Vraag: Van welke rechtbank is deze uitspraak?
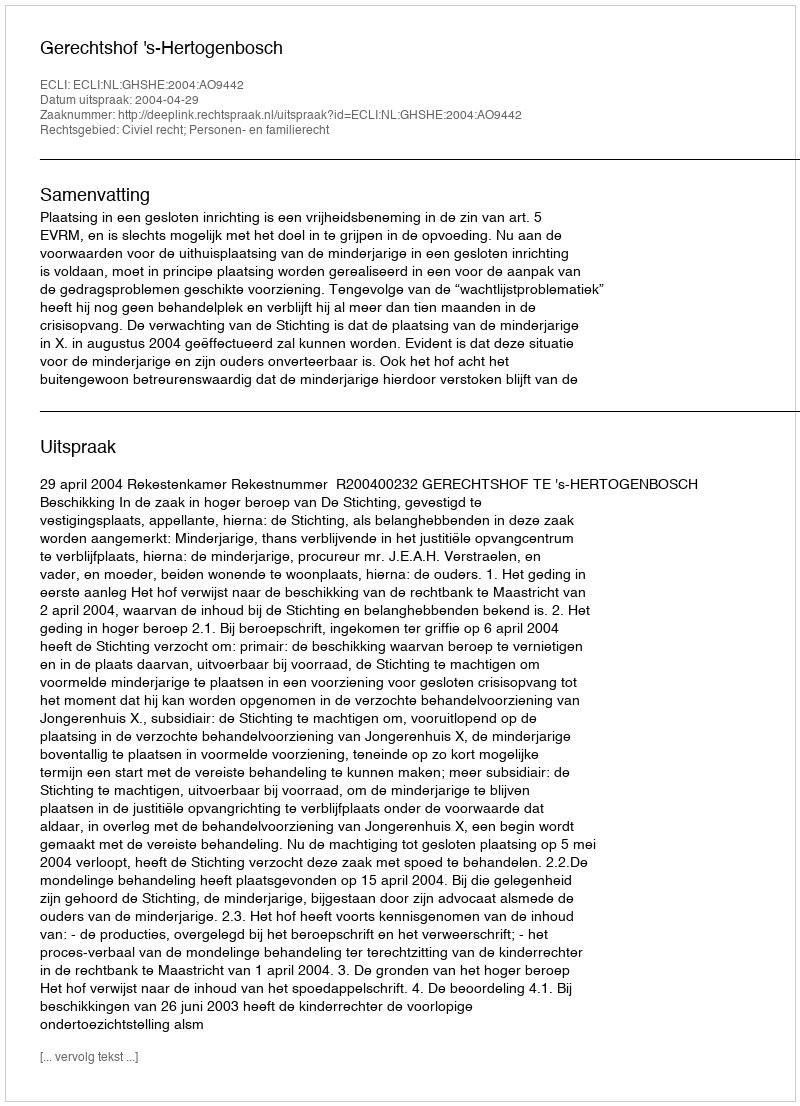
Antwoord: Gerechtshof 's-Hertogenbosch